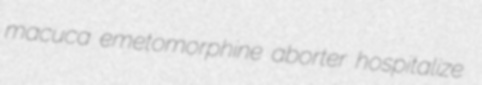
macuca emetomorphine aborter hospitalize